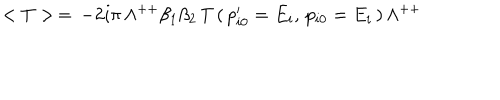
< T > \, = \, - 2 i \pi \, \Lambda ^ { + + } \beta _ { 1 } \beta _ { 2 } \, T \, ( \, p _ { i 0 } ^ { \prime } = E _ { i } , \, p _ { i 0 } = E _ { i } \, ) \, \Lambda ^ { + + }